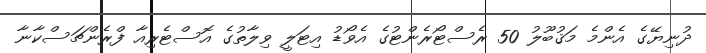
ދުނިޔޭގެ އެންމެ މަޤުބޫލު 50 ރެސްޓޯރެންޓުގެ އެވޯޑު އިޓަލީ ވިލާތުގެ އޮސްޓެރިއާ ފްރެންޗަސްކާނާ